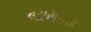
બારાપડા